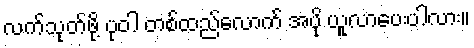
လက်သုတ်ဖို့ ပုဝါ တစ်ထည်လောက် အပို ယူလာပေးပါလား။